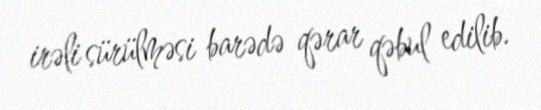
irəli sürülməsi barədə qərar qəbul edilib.